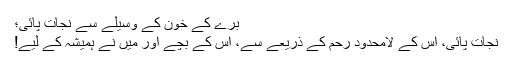
برّے کے خون کے وسیلے سے نجات پائی؛
نجات پائی، اُس کے لامحدود رحم کے ذریعے سے، اُس کے بچے اور میں نے ہمیشہ کے لیے!